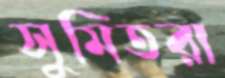
সুমিতরা